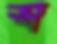
স্ব